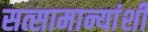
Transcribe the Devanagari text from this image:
सत्सामान्यांशी